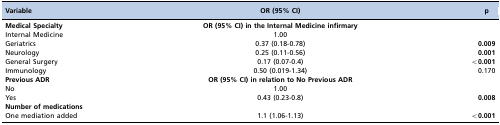
<table><thead><tr><td><b>Variable</b></td><td><b>OR (95% CI)</b></td><td><b><i>p</i></b></td></tr></thead><tbody><tr><td><b>Medical Specialty</b></td><td><b>OR (95% CI) in the Internal Medicine infirmary</b></td><td></td></tr><tr><td>Internal Medicine</td><td>1.00</td><td></td></tr><tr><td>Geriatrics</td><td>0.37 (0.18-0.78)</td><td><b>0.009</b></td></tr><tr><td>Neurology</td><td>0.25 (0.11-0.56)</td><td><b>0.001</b></td></tr><tr><td>General Surgery</td><td>0.17 (0.07-0.4)</td><td><b>&lt;0.001</b></td></tr><tr><td>Immunology</td><td>0.50 (0.019-1.34)</td><td>0.170</td></tr><tr><td><b>Previous ADR</b></td><td><b>OR (95% CI) in relation to No Previous ADR</b></td><td></td></tr><tr><td>No</td><td>1.00</td><td></td></tr><tr><td>Yes</td><td>0.43 (0.23-0.8)</td><td><b>0.008</b></td></tr><tr><td><b>Number of medications</b></td><td></td><td></td></tr><tr><td>One mediation added</td><td>1.1 (1.06-1.13)</td><td><b>&lt;0.001</b></td></tr></tbody></table>